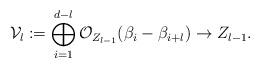
LaTeX: \begin{align*} \mathcal{V}_{l}:=\bigoplus_{i=1}^{d-l} \mathcal{O}_{Z_{l-1}}(\beta_i-\beta_{i+l}) \to Z_{l-1}. \end{align*}